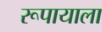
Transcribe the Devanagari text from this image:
रूपायाला